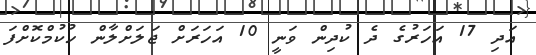
އަދި 17 އަހަރުގެ ދެ ކުދިން ވަނީ 10 އަހަރަށް ޖަލަށްލާން ހުކުމްކޮށްފަ